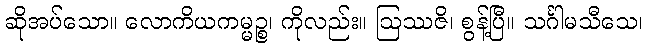
ဆိုအပ်သော။ လောကိယကမ္မဉ္စ၊ ကိုလည်း။ ဩဿဇိ၊ စွန့်ပြီ။ သင်္ဂါမသီသေ၊